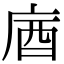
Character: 庮